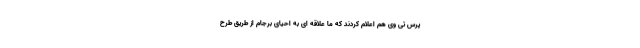
پرس تی وی هم اعلام کردند که ما علاقه ای به احیای برجام از طریق طرح